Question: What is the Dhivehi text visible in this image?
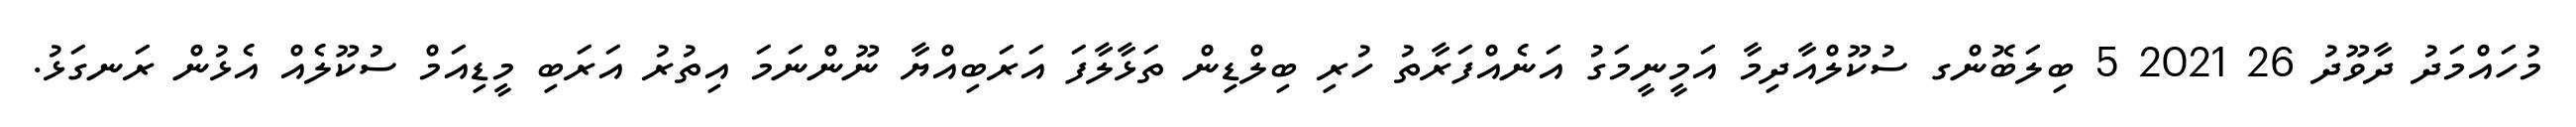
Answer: މުހައްމަދު ދާވޫދު 26 2021 5 ބިލަބޮންގ ސުކޫލްއާދިމާ އަމީނީމަގު އަނެއްފަރާތު ހުރި ބިލްޑިން ތަޅާލާފަ އަރަބިއްޔާ ނޫންނަމަ އިތުރު އަރަބި މީޑިއަމް ސުކޫލެއް އެޅުން ރަނގަޅު.